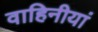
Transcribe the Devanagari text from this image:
वाहिनीयां